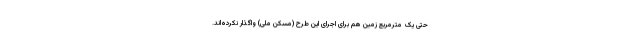
حتی یک مترمربع زمین هم برای اجرای این طرح (مسکن ملی) واگذار نکرده‌اند.